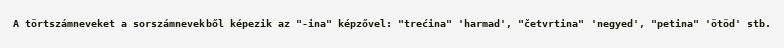
A törtszámneveket a sorszámnevekből képezik az "-ina" képzővel: "trećina" 'harmad', "četvrtina" 'negyed', "petina" 'ötöd' stb.